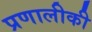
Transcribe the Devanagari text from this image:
प्रणालीकी